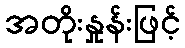
အတိုးနှုန်းဖြင့်